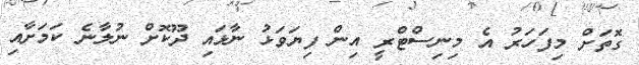
ގޮތަށް މިފަހަރު އެ މިނިސްޓްރީ އިން ފިޔަވަޅު ނާޅައި ދޫކޮށް ނުލާނެ ކަމަށާއި